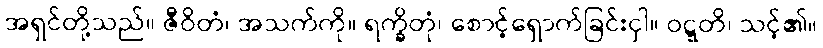
အရှင်တို့သည်။ ဇီဝိတံ၊ အသက်ကို။ ရက္ခိတုံ၊ စောင့်ရှောက်ခြင်းငှါ။ ဝဋ္ဋတိ၊ သင့်၏။